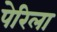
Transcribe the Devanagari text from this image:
पेरिला